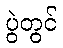
ပွဲတွင်